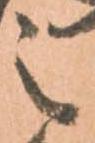
之